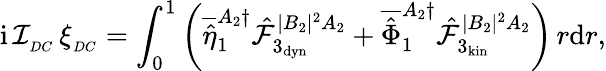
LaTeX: \mathrm{i}\, \mathcal{I}_{_{DC}}\, \xi_{_{DC}}=\int_{0}^{1}\left(\overline{{\hat{\eta}}}_{1}^{A_{2}\dagger}\hat{\mathcal{F}}_{3_{\mathrm{dyn}}}^{|B_{2}|^{2}A_{2}}+\overline{{\hat{\Phi}}}_{1}^{A_{2}\dagger}\hat{\mathcal{F}}_{3_{\mathrm{kin}}}^{|B_{2}|^{2}A_{2}}\right)\, r\mathrm{d}r,